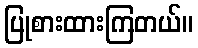
ပြုစားထားကြတယ်။